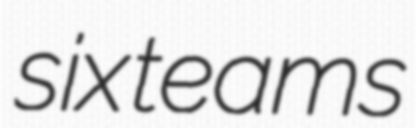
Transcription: six teams